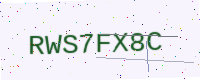
Text: RWS7FX8C